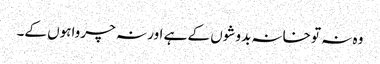
وہ نہ تو خانہ بدوشوں کے ہے اور نہ چرواہوں کے۔